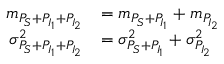
\begin{array} { r l } { m _ { P _ { S } + P _ { I _ { 1 } } + P _ { I _ { 2 } } } } & { = m _ { P _ { S } + P _ { I _ { 1 } } } + m _ { P _ { I _ { 2 } } } } \\ { \sigma _ { P _ { S } + P _ { I _ { 1 } } + P _ { I _ { 2 } } } ^ { 2 } } & { = \sigma _ { P _ { S } + P _ { I _ { 1 } } } ^ { 2 } + \sigma _ { P _ { I _ { 2 } } } ^ { 2 } } \end{array}